Vaccination in Bombay 1863-1868 - 1863-1868
Year: 1863
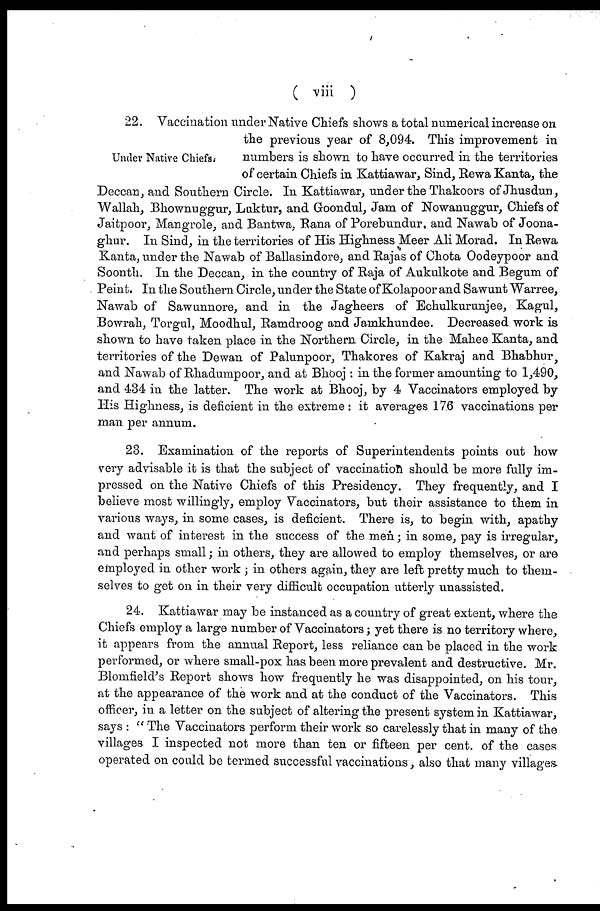
( viii )
Under Native Chiefs.
22. Vaccination under Native Chiefs shows a total numerical increase on
the previous year of 8,094. This improvement in
numbers is shown to have occurred in the territories
of certain Chiefs in Kattiawar, Sind, Rewa Kanta, the
Deccan, and Southern Circle. In Kattiawar, under the Thakoors of Jhusdun,
Wallah, Bhownuggur, Luktur, and Goondul, Jam of Nowanuggur, Chiefs of
Jaitpoor, Mangrole, and Bantwa, Rana of Porebundur, and Nawab of Joona-
ghur. In Sind, in the territories of His Highness Meer Ali Morad. In Rewa
Kanta, under the Nawab of Ballasindore, and Rajas of Chota Oodeypoor and
Soonth. In the Deccan, in the country of Raja of Aukulkote and Begum of
Peint. In the Southern Circle, under the State of Kolapoor and Sawunt Warree,
Nawab of Sawunnore, and in the Jagheers of Echulkurunjee, Kagul,
Bowrah, Torgul, Moodhul, Ramdroog and Jamkhundee. Decreased work is
shown to have taken place in the Northern Circle, in the Mahee Kanta, and
territories of the Dewan of Palunpoor, Thakores of Kakraj and Bhabhur,
and Nawab of Rhadumpoor, and at Bhooj : in the former amounting to 1,490,
and 434 in the latter. The work at Bhooj, by 4 Vaccinators employed by
His Highness, is deficient in the extreme : it averages 176 vaccinations per
man per annum.
23. Examination of the reports of Superintendents points out how
very advisable it is that the subject of vaccination should be more fully im-
pressed on the Native Chiefs of this Presidency. They frequently, and I
believe most willingly, employ Vaccinators, but their assistance to them in
various ways, in some cases, is deficient. There is, to begin with, apathy
and want of interest in the success of the men; in some, pay is irregular,
and perhaps small; in others, they are allowed to employ themselves, or are
employed in other work ; in others again, they are left pretty much to them-
selves to get on in their very difficult occupation utterly unassisted.
24. Kattiawar may be instanced as a country of great extent, where the
Chiefs employ a large number of Vaccinators; yet there is no territory where,
it appears from the annual Report, less reliance can be placed in the work
performed, or where small-pox has been more prevalent and destructive. Mr.
Blomfield's Report shows how frequently he was disappointed, on his tour,
at the appearance of the work and at the conduct of the Vaccinators. This
officer, in a letter on the subject of altering the present system in Kattiawar,
says : " The Vaccinators perform their work so carelessly that in many of the
villages I inspected not more than ten or fifteen per cent. of the cases
operated on could be termed successful vaccinations, also that many villages